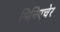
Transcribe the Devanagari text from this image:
मिनिएचेर